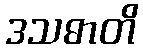
ဒသဓာတိ